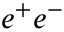
e ^ { + } e ^ { - }